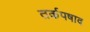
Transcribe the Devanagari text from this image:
तर्कपषाद